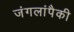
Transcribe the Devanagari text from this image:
जंगलांपैकी